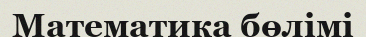
Математика бөлімі